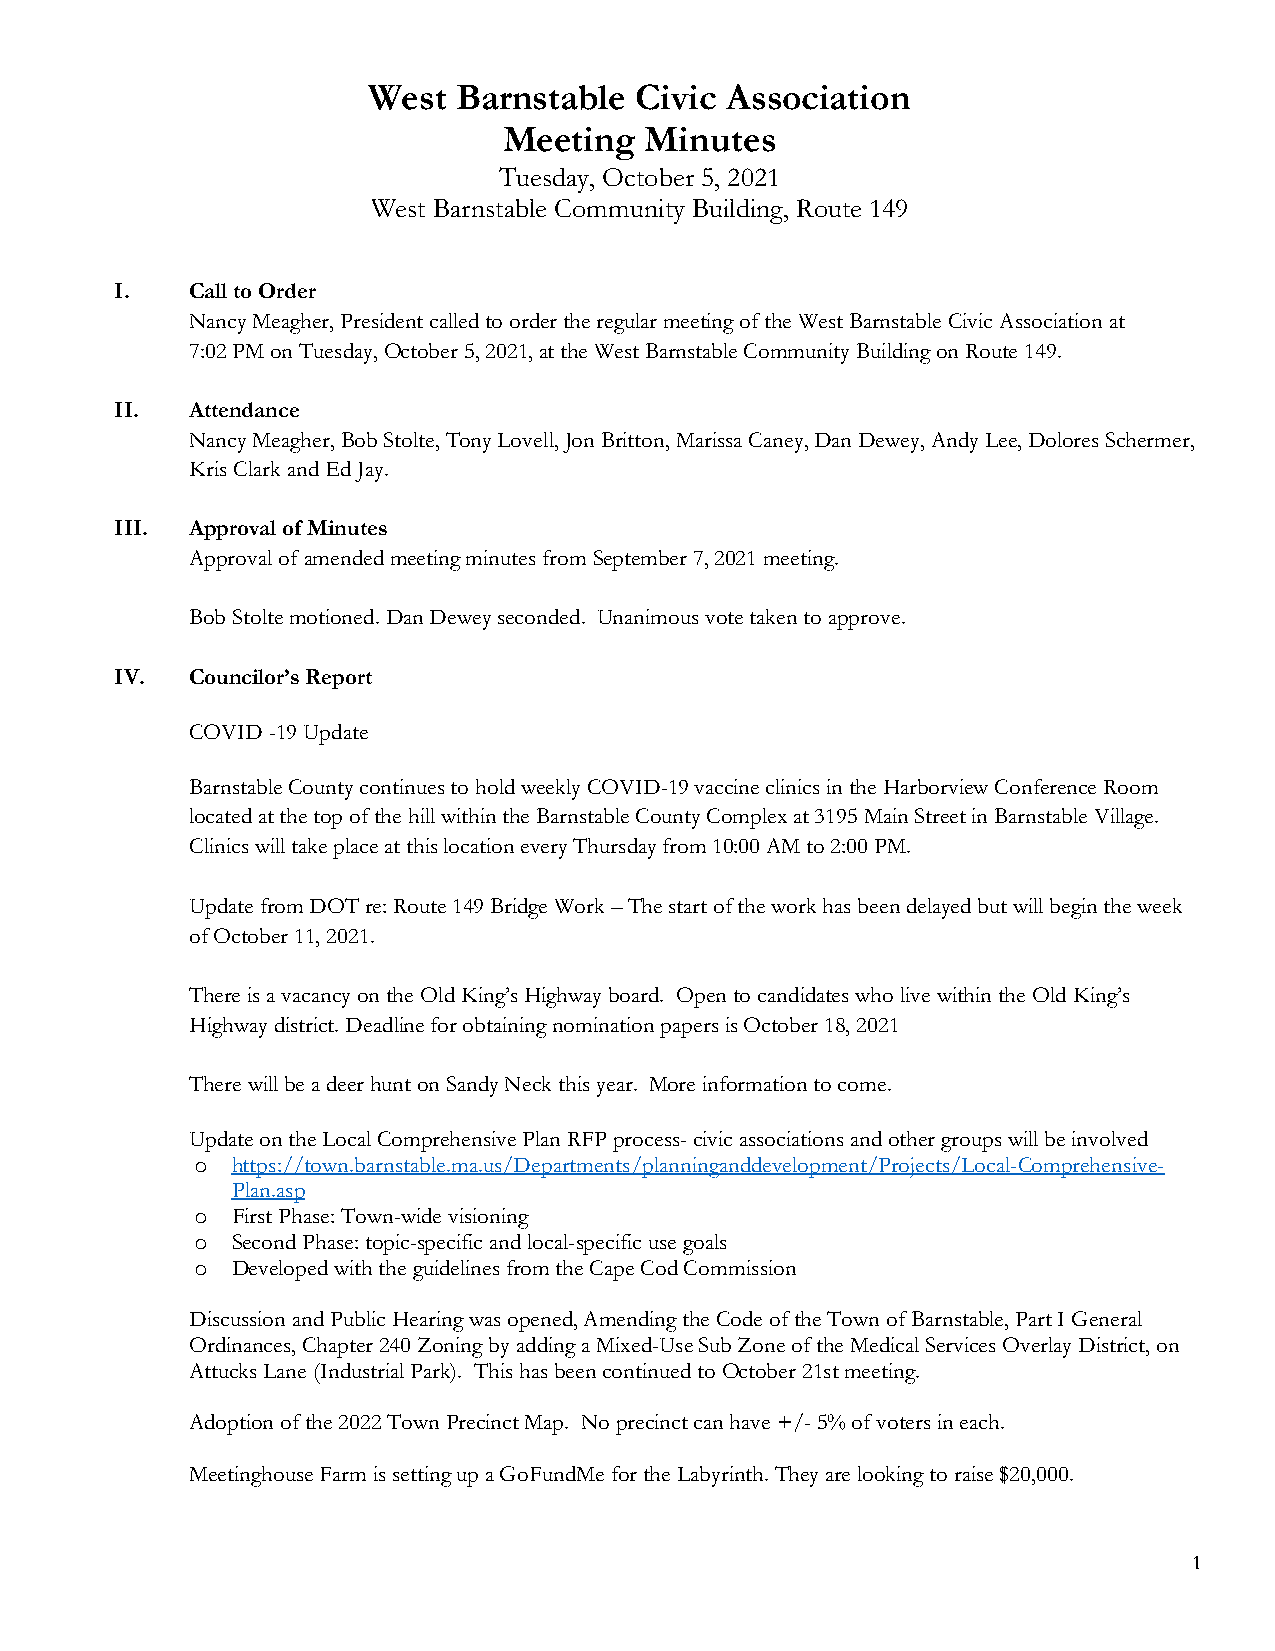
West  Barnstable  Civic Association
 Meeting   Minutes
 Tuesday, October 5, 2021
 West Barnstable Community Building, Route 149
 I.   Call to Order
 Nancy Meagher, President called to order the regular meeting of the West Barnstable Civic Association at
 7:02 PM on Tuesday, October 5, 2021, at the West Barnstable Community Building on Route 149.
 II.  Attendance
 Nancy Meagher, Bob Stolte, Tony Lovell, Jon Britton, Marissa Caney, Dan Dewey, Andy Lee, Dolores Schermer,
 Kris Clark and Ed Jay.
 III. Approval of Minutes
 Approval of amended meeting minutes from September 7, 2021 meeting.
 Bob Stolte motioned. Dan Dewey seconded. Unanimous vote taken to approve.
 IV.  Councilor’s Report
 COVID -19 Update
 Barnstable County continues to hold weekly COVID-19 vaccine clinics in the Harborview Conference Room
 located at the top of the hill within the Barnstable County Complex at 3195 Main Street in Barnstable Village.
 Clinics will take place at this location every Thursday from 10:00 AM to 2:00 PM.
 Update from DOT re: Route 149 Bridge Work – The start of the work has been delayed but will begin the week
 of October 11, 2021.
 There is a vacancy on the Old King’s Highway board. Open to candidates who live within the Old King’s
 Highway district. Deadline for obtaining nomination papers is October 18, 2021
 There will be a deer hunt on Sandy Neck this year. More information to come.
 Update on the Local Comprehensive Plan RFP process- civic associations and other groups will be involved
 o https://town.barnstable.ma.us/Departments/planninganddevelopment/Projects/Local-Comprehensive-
 Plan.asp
 o First Phase: Town-wide visioning
 o Second Phase: topic-specific and local-specific use goals
 o Developed with the guidelines from the Cape Cod Commission
 Discussion and Public Hearing was opened, Amending the Code of the Town of Barnstable, Part I General
 Ordinances, Chapter 240 Zoning by adding a Mixed-Use Sub Zone of the Medical Services Overlay District, on
 Attucks Lane (Industrial Park). This has been continued to October 21st meeting.
 Adoption of the 2022 Town Precinct Map. No precinct can have +/- 5% of voters in each.
 Meetinghouse Farm is setting up a GoFundMe for the Labyrinth. They are looking to raise $20,000.
 1